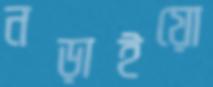
নড়াইয়ো